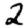
Digit: 2